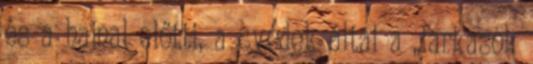
és a hajnal előtti, a svédek által a „farkasok